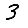
Digit: 3